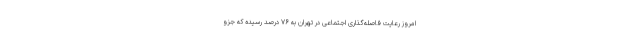
امروز رعایت فاصله‌گذاری اجتماعی در تهران به ۷۶ درصد رسیده که جزو